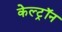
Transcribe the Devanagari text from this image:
केल्ट्रॉन